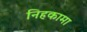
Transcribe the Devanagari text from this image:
निहकामा